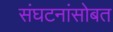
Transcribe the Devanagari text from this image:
संघटनांसोबत